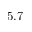
5 . 7